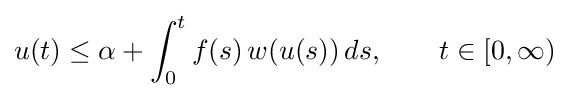
u(t)\leq \alpha +\int _{0}^{t}f(s)\,w(u(s))\,ds,\qquad t\in [0,\infty )